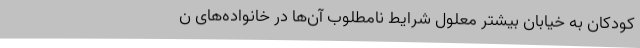
کودکان به خیابان بیشتر معلول شرایط نامطلوب آن‌ها در خانواده‌های ن